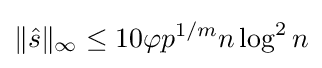
\lVert {\hat {s}}\rVert _{\infty }\leq 10\varphi p^{1/m}n\log ^{2}n